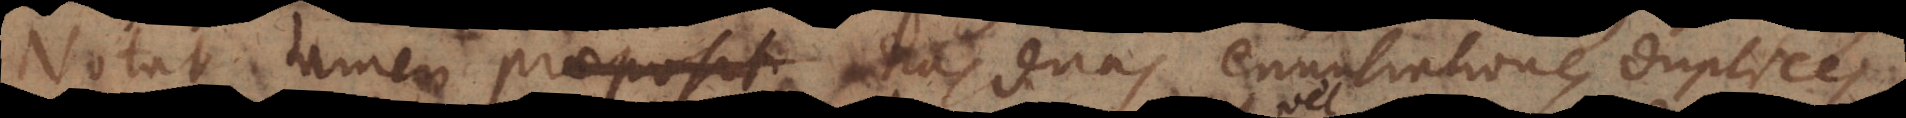
Notat tamen proposit has duas enuntiationes duplices